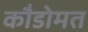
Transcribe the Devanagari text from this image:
कौडोमत